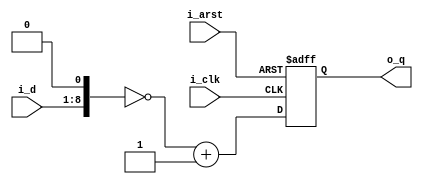
module multi_n2_ext2
#(
	parameter	D_WIDTH	= 8
)
(
	input	i_arst,
	input	i_clk,
	
	input	[D_WIDTH-1:0]i_d,
	output	[D_WIDTH+2-1:0]o_q
);

reg		[D_WIDTH+2-1:0]r_q_1P;

wire	[D_WIDTH+2-1:0]w_d_0P;

assign	w_d_0P	= {1'b0, i_d, 1'b0};

always@(posedge i_arst or posedge i_clk)
begin
	if (i_arst)
		r_q_1P	<= {D_WIDTH+2{1'b0}};
	else
		r_q_1P	<= ~w_d_0P+1'b1;
end

assign	o_q	= r_q_1P;

endmodule